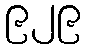
၉၂၉